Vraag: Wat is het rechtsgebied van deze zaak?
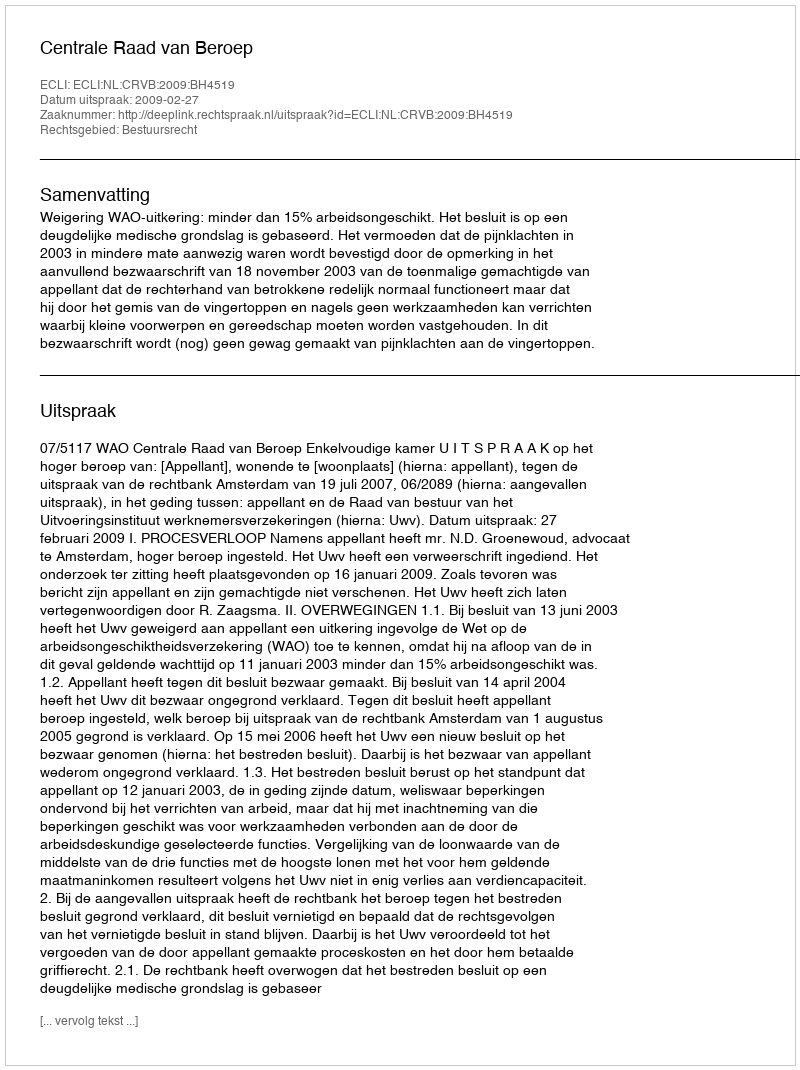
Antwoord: Bestuursrecht